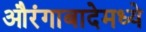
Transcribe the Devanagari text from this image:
औरंगाबादेमध्ये